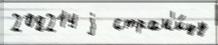
208214 j  стран'и́цу